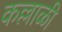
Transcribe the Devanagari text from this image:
कल्लाळी